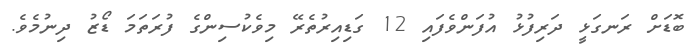
ބޮޑަށް ރަނގަޅީ ދަރިފުޅު އުފަންވެފައި 12 ގަޑިއިރުތެރޭ މިވެކުސިންގެ ފުރަތަމަ ޑޯޒު ދިނުމެވެ.